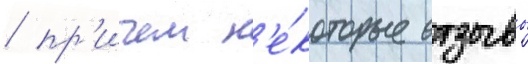
/ пр'ичем н'е́которые отзывы